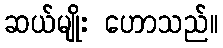
ဆယ်မျိုး ဟောသည်။